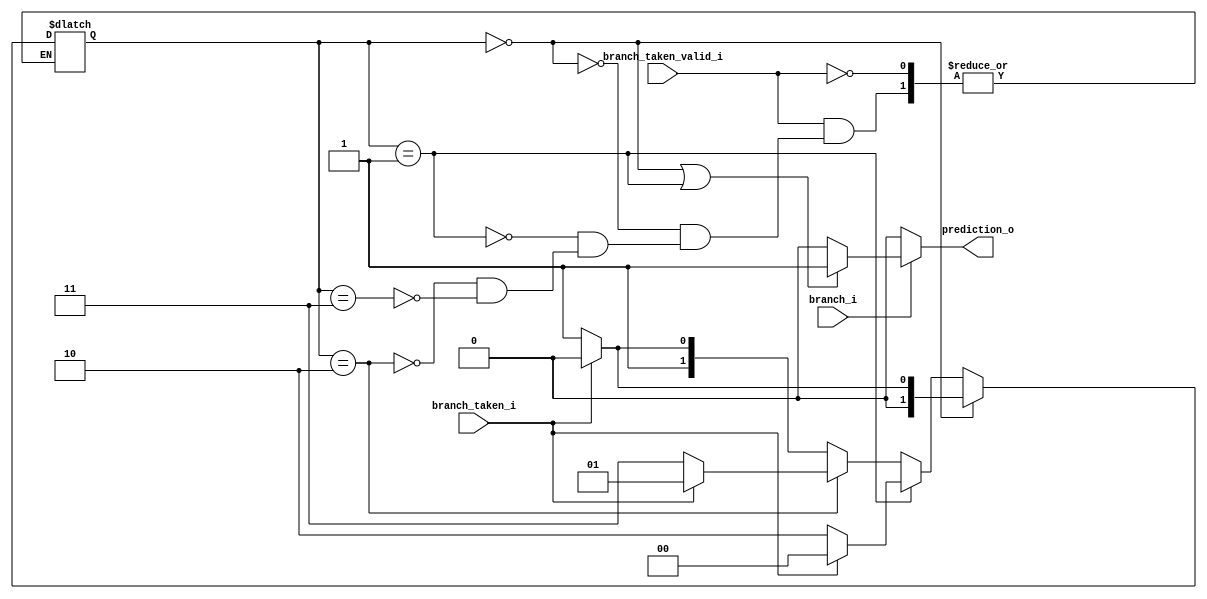
// a two bit branch predictor
module Branch_predictor
(
  input         branch_i,
  input         branch_taken_i,
  input         branch_taken_valid_i,
  output reg    prediction_o
);
//2'b00: Strongly taken, 2'b01: Weakly taken, 2'b10: Weakly not taken, 2'b11: Strongly not taken
reg [1:0] state = 2'b00;
reg predict_o;


always @(branch_i or branch_taken_i or branch_taken_valid_i) begin
  if (branch_taken_valid_i) begin
    if (state == 2'b00) begin
      state <= branch_taken_i ? 2'b00 : 2'b01;
    end else if (state == 2'b01) begin
      state <= branch_taken_i ? 2'b00 : 2'b10;
    end else if (state == 2'b10) begin
      state <= branch_taken_i ? 2'b01 : 2'b11;
    end else if (state == 2'b11) begin
      state <= branch_taken_i ? 2'b10 : 2'b11;
    end
  end
    predict_o <= (state == 2'b00 || state == 2'b01) ? 1 : 0;
    if (branch_i) begin
      prediction_o <= (state == 2'b00 || state == 2'b01) ? 1 : 0;
    end else begin
      prediction_o <= 0;
    end
end


endmodule